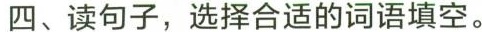
四、读句子，选择合适的词语填空。